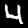
Digit: 4